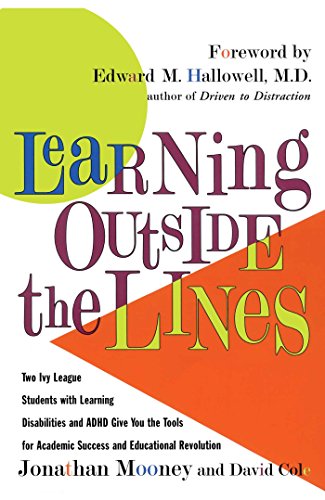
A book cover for Learning Outside The Lines: Two Ivy League Students with Learning Disabilities and ADHD Give You the Tools for Academic Success and Educational Revolution; Jonathan Mooney; Test Preparation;